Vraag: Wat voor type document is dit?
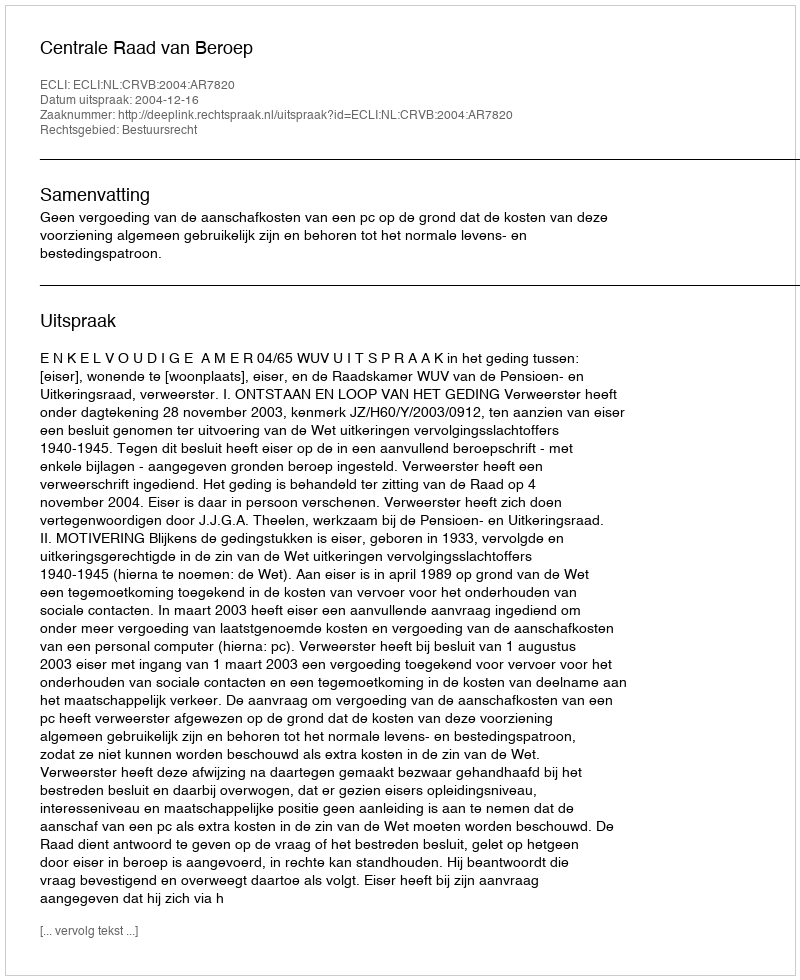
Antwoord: Uitspraak